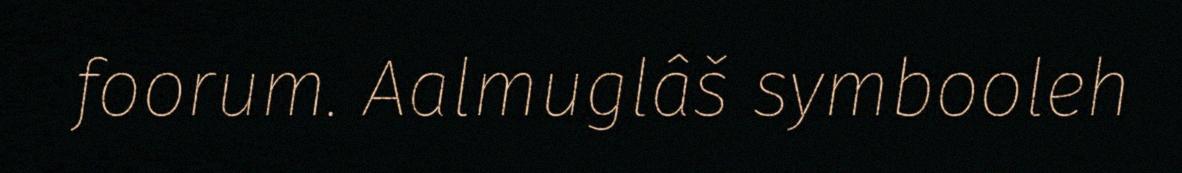
foorum. Aalmuglâš symbooleh